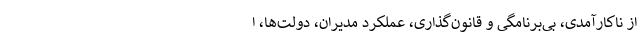
از ناکارآمدی، بی‌برنامگی و قانون‌گذاری، عملکرد مدیران، دولت‌ها، ا